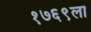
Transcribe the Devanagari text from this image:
१७६९ला